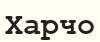
Харчо